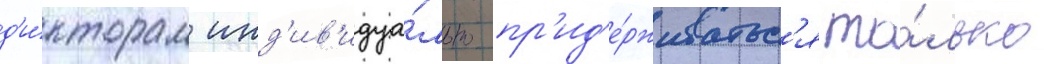
д'и́кторам инд'ив'идуа́льно пр'ид'е́рживатьс'я то́лько